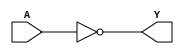
//2023.4.12
// design of inv
`timescale 1ns/1ps
module inv(
          A,
          Y
);
input     A;
output    Y;
assign    Y=~A;

endmodule


//---- testbench of inv----
module inv_testbench;
reg       aa;
wire      yy;
inv    inv(
        .A(aa),   
        .Y(yy)
);

initial begin
        aa<=0;
    #10 aa<=1;
    #10 aa<=0;
    #10 aa<=1;
    #10 $stop;
end

endmodule